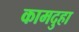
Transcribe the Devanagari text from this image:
कामदुहा